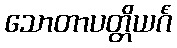
သောတာပတ္တိယင်္ဂံ